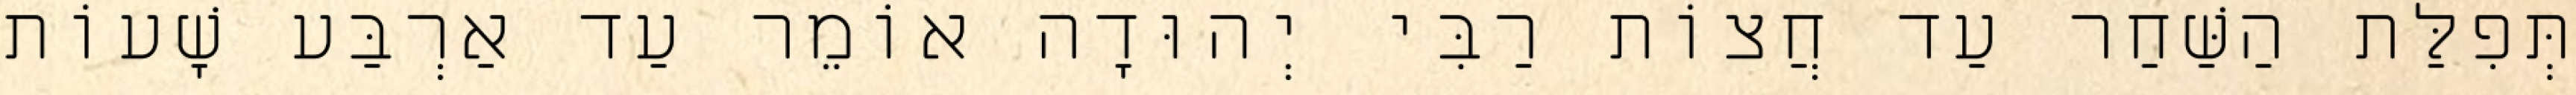
תְּפִלַּת הַשַּׁחַר עַד חֲצוֹת רַבִּי יְהוּדָה אוֹמֵר עַד אַרְבַּע שָׁעוֹת